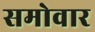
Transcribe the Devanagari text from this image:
समोवार